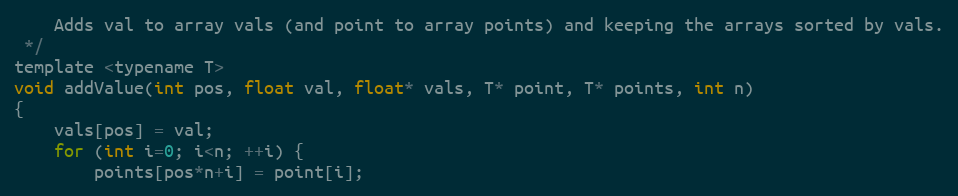
Language: C
    Adds val to array vals (and point to array points) and keeping the arrays sorted by vals.
 */
template <typename T>
void addValue(int pos, float val, float* vals, T* point, T* points, int n)
{
    vals[pos] = val;
    for (int i=0; i<n; ++i) {
        points[pos*n+i] = point[i];